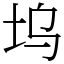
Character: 坞